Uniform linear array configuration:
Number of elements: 48
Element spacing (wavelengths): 1
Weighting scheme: exponential
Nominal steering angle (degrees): -45
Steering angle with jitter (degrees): -46.453
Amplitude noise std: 0.05
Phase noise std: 0.05

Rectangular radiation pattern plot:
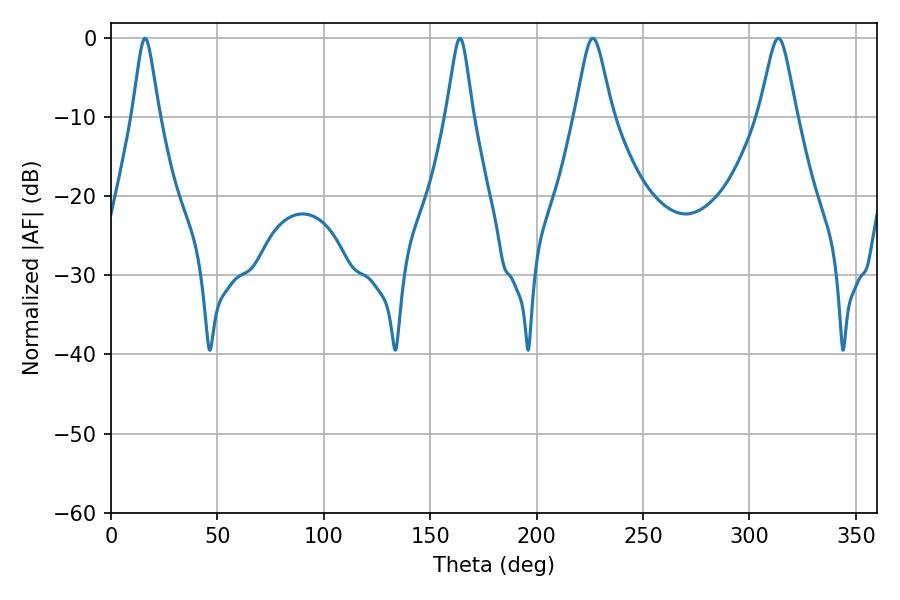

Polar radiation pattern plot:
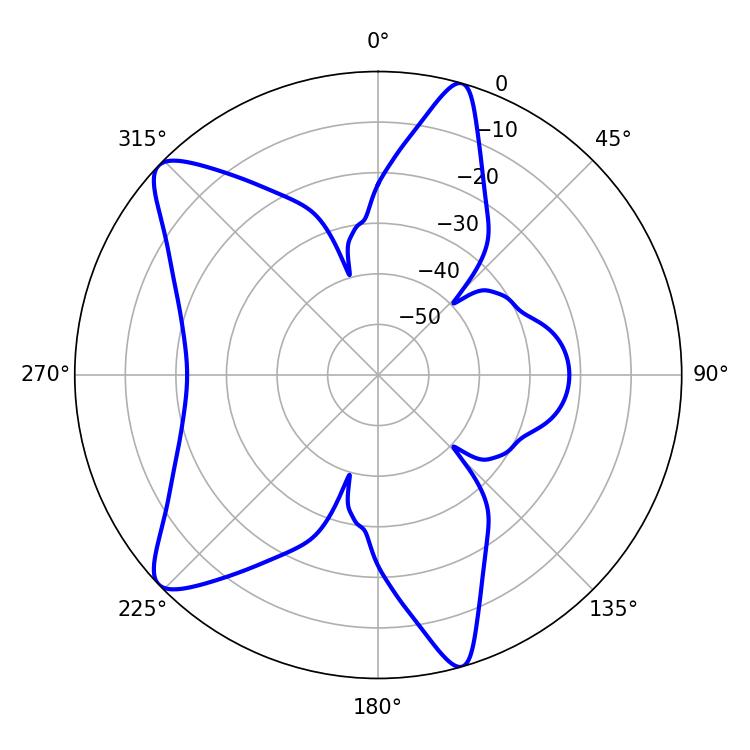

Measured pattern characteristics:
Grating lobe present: TRUE
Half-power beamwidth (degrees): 5.94
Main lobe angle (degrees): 16.02